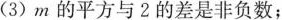
(3)m的平方与2的差是非负数；